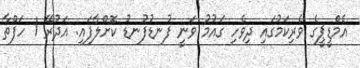
އެމްޑީޕީގެ ވެރިކަމުގައި ދިވެހި ގައުމު ވަނީ ފުނޑުފުނޑު ކޮށްލާފައި: އަދުރޭ 1 ހަފްތާ